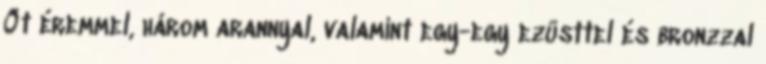
Öt éremmel, három arannyal, valamint egy-egy ezüsttel és bronzzal